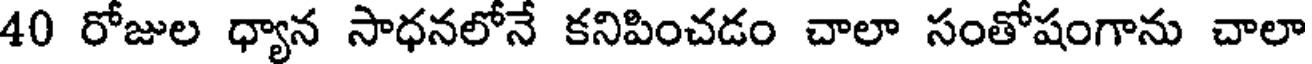
40 రోజుల ధ్యాన సాధనలోనే కనిపించడం చాలా సంతోషంగాను చాలా